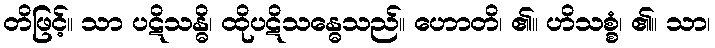
တိဖြင့်။ သာ ပဋိသန္ဓိ၊ ထိုပဋိသန္ဓေသည်။ ဟောတိ၊ ၏။ ဟိသစ္စံ၊ ၏။ သာ၊